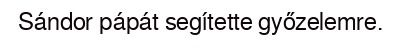
Sándor pápát segítette győzelemre.